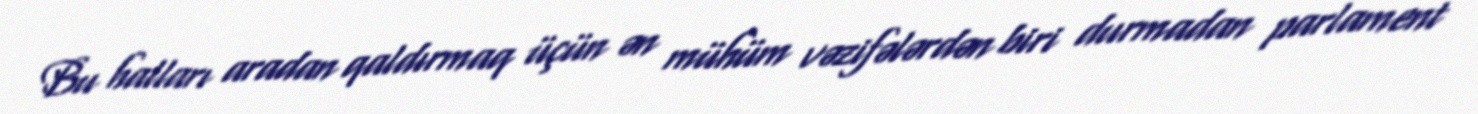
Bu halları aradan qaldırmaq üçün ən mühüm vəzifələrdən biri durmadan parlament